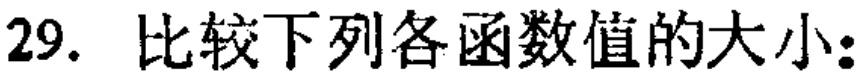
29. 比较下列各函数值的大小：